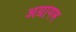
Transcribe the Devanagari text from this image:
अग्रागम